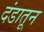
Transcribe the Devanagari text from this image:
दंडातून